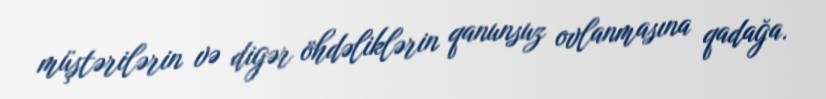
müştərilərin və digər öhdəliklərin qanunsuz ovlanmasına qadağa.